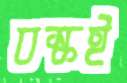
বস্কই